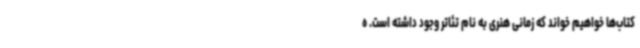
کتاب‌ها خواهیم خواند که زمانی هنری به نام تئاتر وجود داشته است. ه